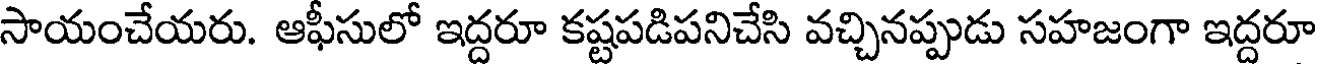
సాయంచేయరు. ఆఫీసులో ఇద్దరూ కష్టపడిపనిచేసి వచ్చినప్పుడు సహజంగా ఇద్దరూ